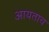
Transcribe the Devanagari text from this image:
आयताच